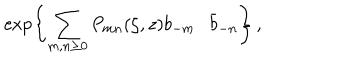
\exp \left\{ \sum _ { m , n \geq 0 } P _ { m n } ( \zeta , z ) b _ { - m } \cdot \bar { b } _ { - n } \right\} \, ,